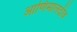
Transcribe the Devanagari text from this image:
आणिमालदीव